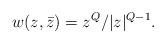
LaTeX: \begin{align*} w(z,\bar{z}) = z^Q / |z|^{Q-1}.\end{align*}